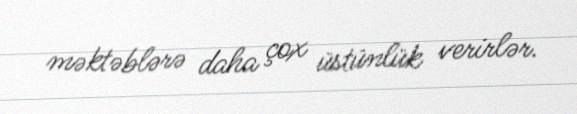
məktəblərə daha çox üstünlük verirlər.